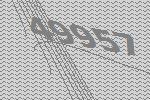
49957